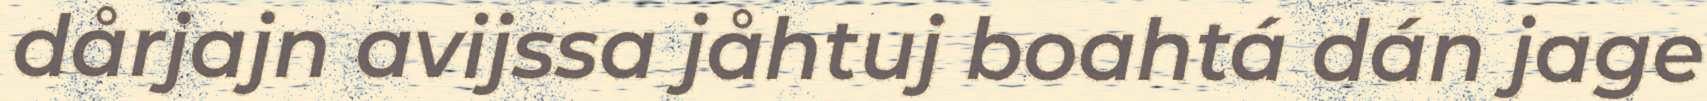
dårjajn avijssa jåhtuj boahtá dán jage